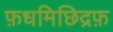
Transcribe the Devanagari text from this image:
फ़धमिछिद्रफ़